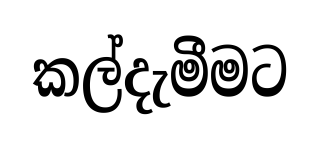
කල්දැමීමට